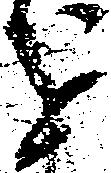
を